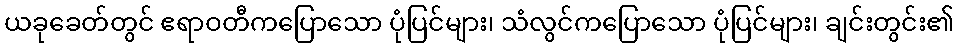
ယခုခေတ်တွင် ဧရာဝတီကပြောသော ပုံပြင်များ၊ သံလွင်ကပြောသော ပုံပြင်များ၊ ချင်းတွင်း၏